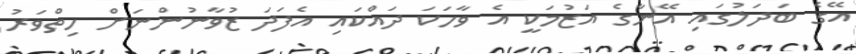
އޭގެ ބަދަލުގައި އޭނާގެ އަޒުމަކީ އެ ވާހަކަ ދައްކައި އެފަދަ ޒުވާނުންނަށް ހިތްވަރު